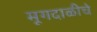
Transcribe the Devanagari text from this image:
मूगदाळीचे